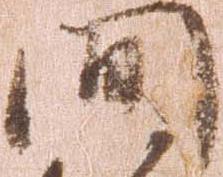
間